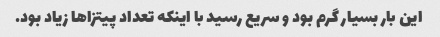
این بار بسیار گرم بود و سریع رسید با اینکه تعداد پیتزاها زیاد بود.